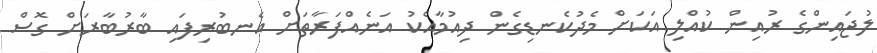
ލުޖައިންގެ ރުއިން ކުއްލި އަކަށް މެދުކެނޑިގެން ދިއުމާއެކު އަނެއްފަރާތަށް އެނބުރިފައި ބާރުބާރަށް ގޮސް